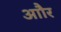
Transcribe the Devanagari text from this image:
आौर